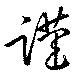
謹